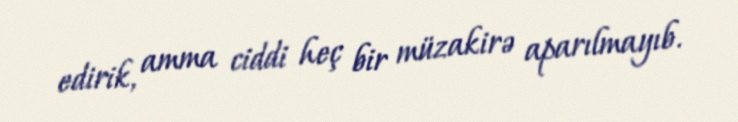
edirik, amma ciddi heç bir müzakirə aparılmayıb.